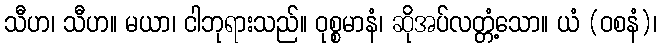
သီဟ၊ သီဟ။ မယာ၊ ငါဘုရားသည်။ ဝုစ္စမာနံ၊ ဆိုအပ်လတ္တံ့သော။ ယံ (ဝစနံ)၊